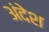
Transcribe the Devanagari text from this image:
अंदेश